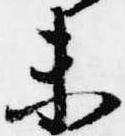
未